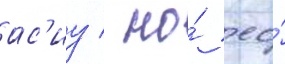
ас'иу / но́ ео́